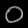
Digit: ၀